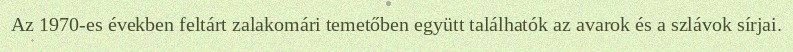
Az 1970-es években feltárt zalakomári temetőben együtt találhatók az avarok és a szlávok sírjai.